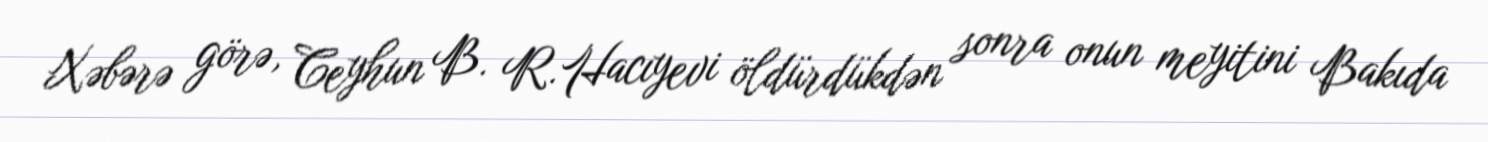
Xəbərə görə, Ceyhun B. R.Hacıyevi öldürdükdən sonra onun meyitini Bakıda